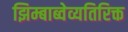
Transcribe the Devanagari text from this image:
झिम्बाब्वेव्यतिरिक्त